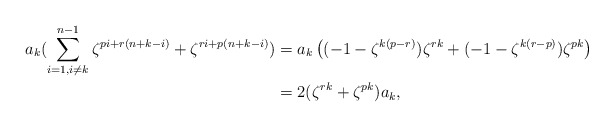
\begin{align*}a_{k}(\sum_{i=1, i \ne k}^{n-1} \zeta^{pi+r(n+k-i)}+ \zeta^{ri+p(n+k-i)})&=a_k\left( (-1-\zeta^{k(p-r)})\zeta^{rk}+(-1-\zeta^{k(r-p)})\zeta^{pk}\right) \\&=2(\zeta^{rk}+\zeta^{pk})a_k,\end{align*}